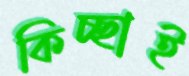
কিচ্ছাই